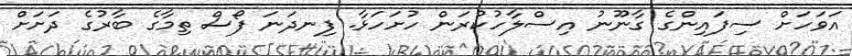
އަވަހަށް ސިފައިންގެ ގާނޫނު އިސްލާހުކުރަން ހުށަހަޅާ. ފިނދަނަ ފޯސް ތިމާގެ ބާރުގެ ދަށަށް